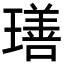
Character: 𤩕